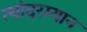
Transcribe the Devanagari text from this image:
त्यांदरम्यान